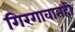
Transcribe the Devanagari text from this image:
गिरगावातही